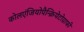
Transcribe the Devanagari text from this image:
कोलएंजियोपैन्क्रियेटोग्राफी